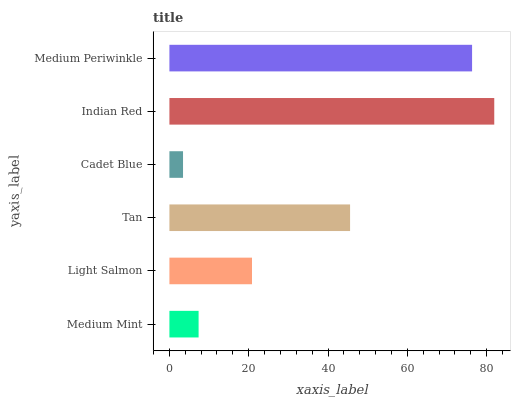
| yaxis_label | bars |
 | --- | --- |
 | Medium Mint | 7.36 |
 | Light Salmon | 20.8 |
 | Tan | 45.6 |
 | Cadet Blue | 3.44 |
 | Indian Red | 81.9 |
 | Medium Periwinkle | 76.3 |